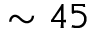
\sim 4 5